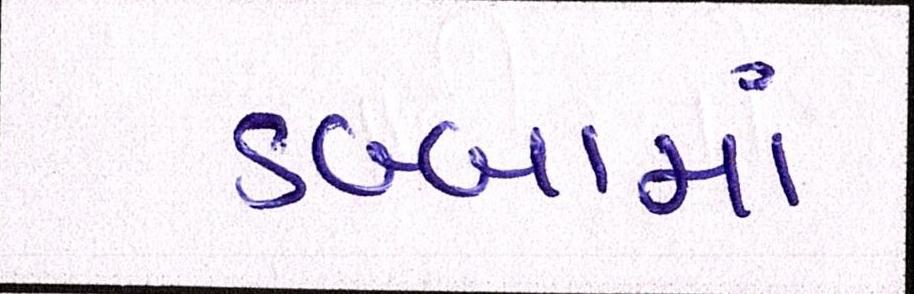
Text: ડબ્બામાં